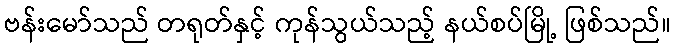
ဗန်းမော်သည် တရုတ်နှင့် ကုန်သွယ်သည့် နယ်စပ်မြို့ ဖြစ်သည်။